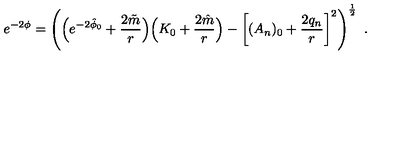
e ^ { - 2 \phi } = \left( \Bigl ( e ^ { - 2 \hat { \phi } _ { 0 } } + { \frac { 2 \tilde { m } } { r } } \Bigr ) \Bigl ( K _ { 0 } + { \frac { 2 \hat { m } } { r } } \Bigr ) - \left[ ( A _ { n } ) _ { 0 } + { \frac { 2 q _ { n } } { r } } \right] ^ { 2 } \right) ^ { \frac { 1 } { 2 } } \ .